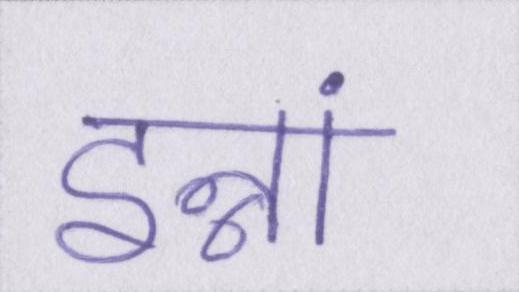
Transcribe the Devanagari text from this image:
इन्नां